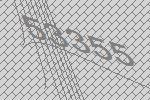
53355